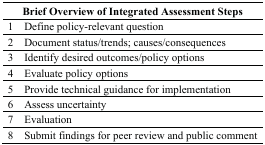
<table><thead><tr><td colspan="2"><b>Brief Overview of Integrated Assessment Steps</b></td></tr></thead><tbody><tr><td>1</td><td>Define policy-relevant question</td></tr><tr><td>2</td><td>Document status/trends; causes/consequences</td></tr><tr><td>3</td><td>Identify desired outcomes/policy options</td></tr><tr><td>4</td><td>Evaluate policy options</td></tr><tr><td>5</td><td>Provide technical guidance for implementation</td></tr><tr><td>6</td><td>Assess uncertainty</td></tr><tr><td>7</td><td>Evaluation</td></tr><tr><td>8</td><td>Submit findings for peer review and public comment </td></tr></tbody></table>